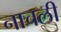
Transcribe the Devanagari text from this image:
नाचली